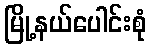
မြို့နယ်ပေါင်းစုံ